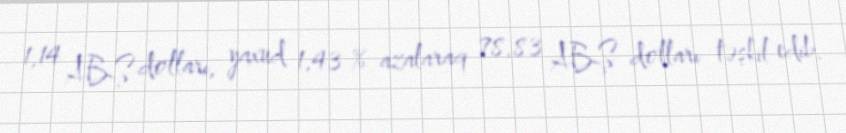
1,14 ABŞ dolları, yaxud 1,43 % azalaraq 78,83 ABŞ dolları təşkil edib.